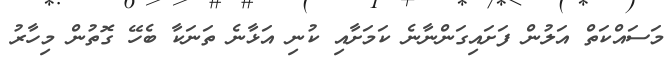
މަސައްކަތް އަލުން ފަށައިގަންނާނެ ކަމަށާއި ކުނި އަޅާނެ ތަނަކާ ބެހޭ ގޮތުން މިހާރު